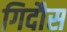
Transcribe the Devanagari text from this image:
गिदौस